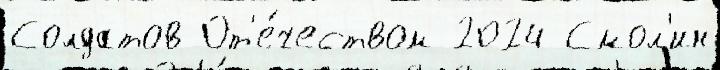
Солдатов От'е́чеством 2024 Смол'ин